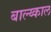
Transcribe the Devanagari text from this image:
बाल्य्काल